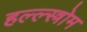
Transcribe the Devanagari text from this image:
हल्ल्स्त्रोम